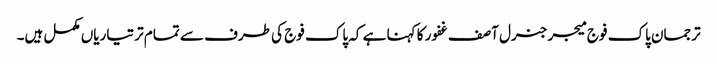
ترجمان پاک فوج میجر جنرل آصف غفور کا کہنا ہے کہ پاک فوج کی طرف سے تمام تر تیاریاں مکمل ہیں۔